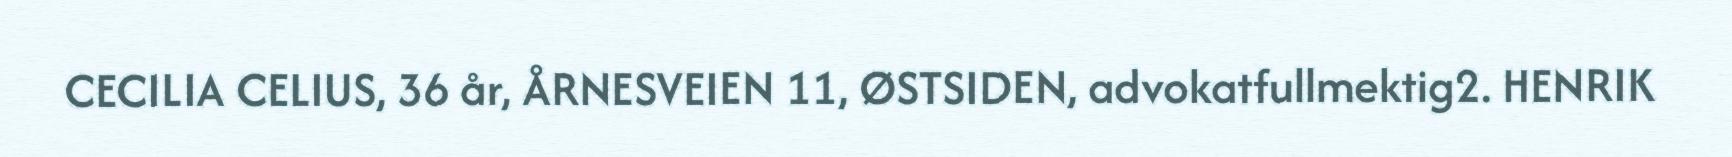
CECILIA CELIUS, 36 år, ÅRNESVEIEN 11, ØSTSIDEN, advokatfullmektig2. HENRIK